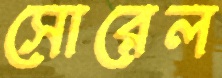
সোরেল